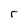
Character: r